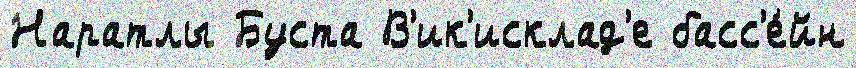
Наратлы Буста В'ик'исклад'е басс'е́йн